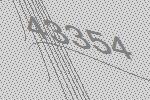
43354